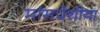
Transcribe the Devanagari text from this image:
मांसपेशीया